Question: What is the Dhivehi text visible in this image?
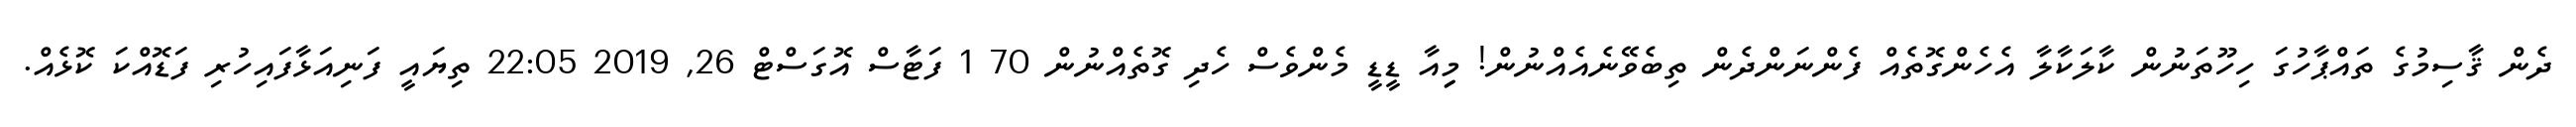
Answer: ދެން ޤާސިމުގެ ތައްޕާހުގަ ހިހޫތަނުން ކާލަކާލާ އެހެންގޮތެއް ފެންނަންދެން ތިބެވޭނެއެއްނުން! މިިިއާ ޑީޑީ މެންވެސް ހެދި ގޮތެއްނުން 70 1 ފަޓާސް އޮގަސްޓް 26, 2019 22:05 ތިޔައީ ފަނިއަޅާފައިހުރި ފަޑޮއްކަ ކޮޅެއް.